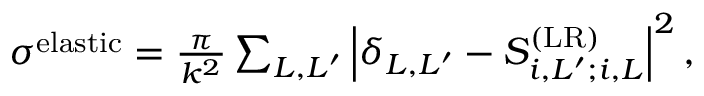
\begin{array} { r } { \sigma ^ { \mathrm { e l a s t i c } } = \frac { \pi } { k ^ { 2 } } \sum _ { L , L ^ { \prime } } \left| \delta _ { L , L ^ { \prime } } - S _ { i , L ^ { \prime } ; i , L } ^ { ( \mathrm { L R } ) } \right| ^ { 2 } , } \end{array}